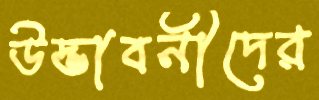
উদ্ভাবনীদের